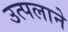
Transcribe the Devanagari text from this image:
उत्पलाने